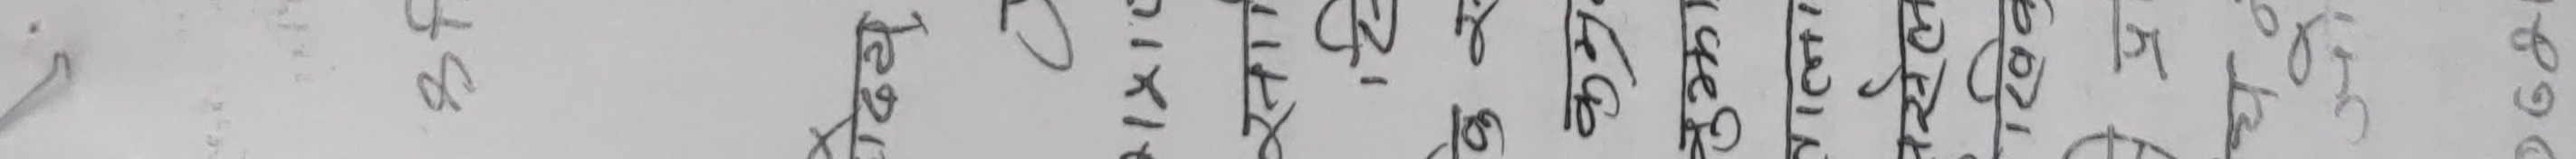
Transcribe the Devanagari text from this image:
तरिक्ष १२ को १६ लाई ।  कति ४९ २। १। ५० को ४०००००